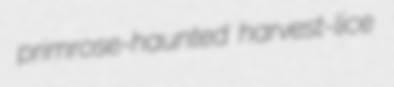
primrose-haunted harvest-lice